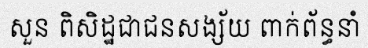
សួន ពិសិដ្ឋជាជនសង្ស័យ ពាក់ព័ន្ធនាំ